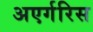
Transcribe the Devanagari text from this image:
अएर्गरिस